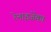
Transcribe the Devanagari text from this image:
रेनाइजेंका